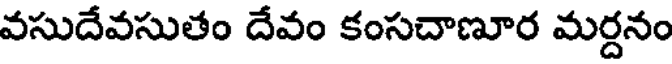
వసుదేవసుతం దేవం కంసచాణూర మర్దనం